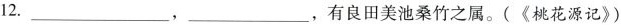
12.___，___，有良田美池桑竹之属。(《桃花源记》)